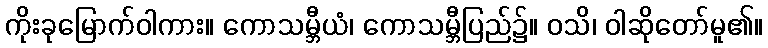
ကိုးခုမြောက်ဝါကား။ ကောသမ္ဘီယံ၊ ကောသမ္ဘီပြည်၌။ ဝသိ၊ ဝါဆိုတော်မူ၏။